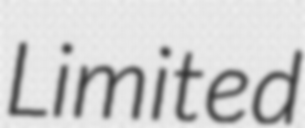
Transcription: Limited